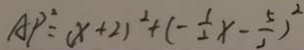
A P ^ { 2 } = ( x + 2 ) ^ { 2 } + ( - \frac { 1 } { 2 } x - \frac { 5 } { 2 } ) ^ { 2 }